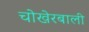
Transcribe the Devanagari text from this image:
चोखेरबाली